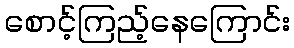
စောင့်ကြည့်နေကြောင်း